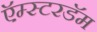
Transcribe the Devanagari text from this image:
ऍम्स्टरडॅम